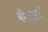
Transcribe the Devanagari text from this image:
कैंडलों